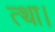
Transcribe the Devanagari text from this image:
त्था।